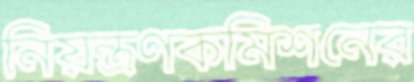
নিয়ন্ত্রণকমিশনের